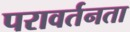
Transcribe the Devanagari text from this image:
परावर्तनता